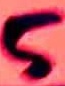
Text: 5